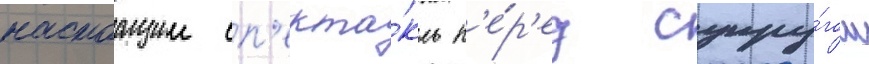
настоащии сп'екта́кль п'е́р'ед супру́гом